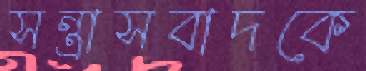
সন্ত্রাসবাদকে